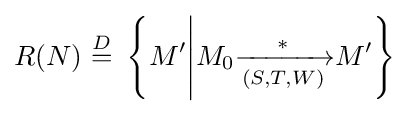
R(N)\ {\stackrel {D}{=}}\ \left\{M'{\Bigg |}M_{0}{\xrightarrow[{(S,T,W)}]{*}}M'\right\}